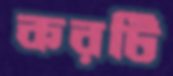
করটি